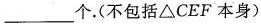
___个.(不包括\triangle CEF本身)